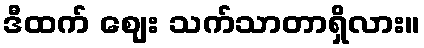
ဒီထက် ဈေး သက်သာတာရှိလား။